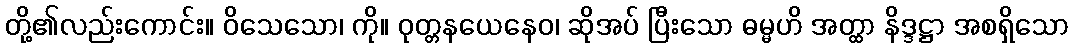
တို့၏လည်းကောင်း။ ဝိသေသော၊ ကို။ ဝုတ္တနယေနေဝ၊ ဆိုအပ် ပြီးသော ဓမ္မဟိ အတ္ထာ နိဒ္ဒဋ္ဌာ အစရှိသော